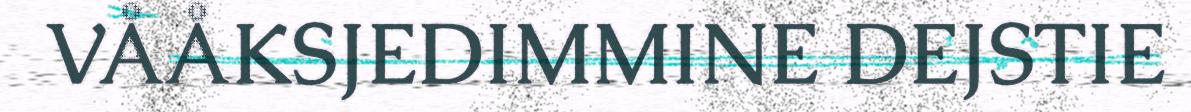
VÅÅKSJEDIMMINE DEJSTIE